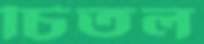
চিতল